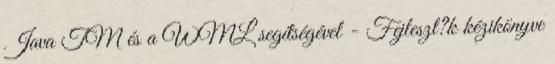
Java TM és a WML segítségével - Fejleszt?k kézikönyve